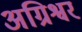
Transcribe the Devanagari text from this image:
अग्रिश्वर